Report of the Bombay Veterinary College
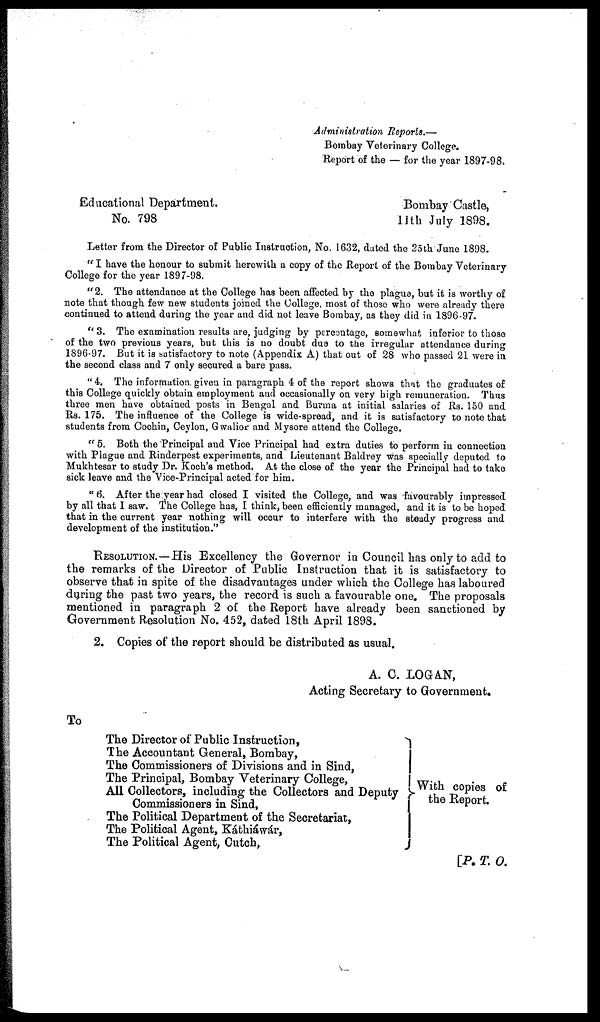
Administration Reports.—
Bombay Veterinary College.
Report of the — for the year 1897-98.
Educational Department.
Bombay Castle,
No. 798
11th
July 1898.
Letter from the Director of Public Instruction, No. 1632, dated the 25th June 1898.
" I have the honour to submit herewith a copy of the Report of the Bombay Veterinary
College for the year 1897-98.
"2.
The attendance at the College has been affected by the plague, but it is worthy of
note that though few new students joined the College, most of those who were already there
continued to attend during the year and did not leave Bombay, as they did in 1896-97.
" 3. The examination results are, judging by percentage, somewhat inferior to those
of the two previous years, but this is no doubt due to the irregular attendance during
1896-97. But it is satisfactory to note (Appendix A) that out of 28 who passed 21 were in
the second class and 7 only secured a bare pass.
"4. The information given in paragraph 4 of the report shows that the graduates of
this College quickly obtain employment and occasionally on very high remuneration. Thus
three men have obtained posts in Bengal and Burma at initial salaries of Rs. 150 and
Rs. 175. The influence of the College is wide-spread, and it is satisfactory to note that
students from Cochin, Ceylon, Gwalior and Mysore attend the College.
" 5. Both the Principal and Vice Principal had extra duties to perform in connection
with Plague and Rinderpest experiments, and Lieutenant Baldrey was specially deputed to
Mukhtesar to study Dr. Koch's method. At the close of the year the Principal had to take
sick leave and the Vice-Principal acted for him.
" 6. After the year had closed I visited the College, and was favourably impressed
by all that I saw. The College has, I think, been efficiently managed, and it is to be hoped
that in the current year nothing will occur to interfere with the steady progress and
development of the institution."
RESOLUTION.—His Excellency the Governor in Council has only to add to
the remarks of the Director of Public Instruction that it is satisfactory to
observe that in spite of the disadvantages under which the College has laboured
during the past two years, the record is such a favourable one. The proposals
mentioned in paragraph 2 of the Report have already been sanctioned by
Government Resolution No. 452, dated 18th April 1898.
2. Copies of the report should be distributed as usual.
A. C. LOGAN,
Acting Secretary to
Government.
To
The Director of Public Instruction,
The Accountant General, Bombay,
The Commissioners of Divisions and in Sind,
The Principal, Bombay Veterinary College,
All Collectors, including the Collectors and Deputy
Commissioners in Sind,
The Political Department of the Secretariat,
The Political Agent, Káthiawár,
The Political Agent, Cutch,
With copies of
the Report
[P. T. O.